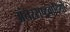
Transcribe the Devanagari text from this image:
अंतरराष्ट्रवादियों